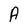
Character: A